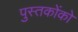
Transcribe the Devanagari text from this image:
पुस्‍तकोंको